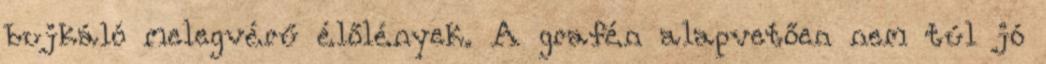
bujkáló melegvérű élőlények. A grafén alapvetően nem túl jó